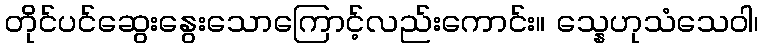
တိုင်ပင်ဆွေးနွေးသောကြောင့်လည်းကောင်း။ သ္နေဟုသံသေဝါ၊